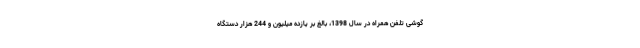
گوشی تلفن همراه در سال 1398، بالغ بر یازده میلیون و 244 هزار دستگاه